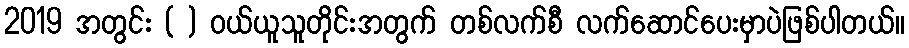
2019 အတွင်း ( ) ဝယ်ယူသူတိုင်းအတွက် တစ်လက်စီ လက်ဆောင်ပေးမှာပဲဖြစ်ပါတယ်။